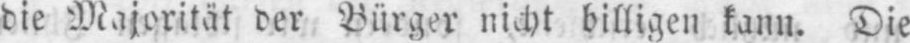
die Majorität der Bürger nicht billigen kann. Die